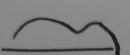
Signature authenticity: forged